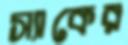
স্যাকের